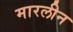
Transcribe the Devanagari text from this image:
मारलीन